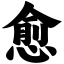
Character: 愈